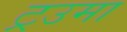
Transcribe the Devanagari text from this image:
ट्रउमा